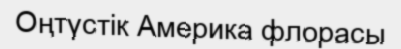
Оңтүстік Америка флорасы